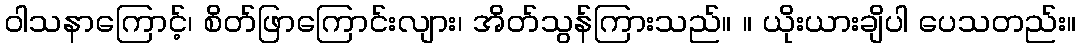
ဝါသနာကြောင့်၊ စိတ်ဖြာကြောင်းလျား၊ အိတ်သွန်ကြားသည်။ ။ ယိုးယားချိပါ ပေသတည်း။